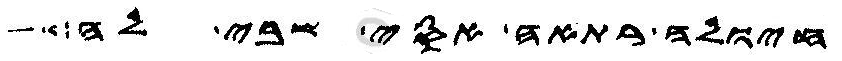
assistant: חיולה רתאה אסי שבי לה